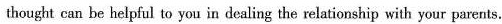
thought can be helpful to you in dealing the relationship with your parents.